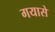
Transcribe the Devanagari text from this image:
गयासे